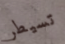
تسيطر